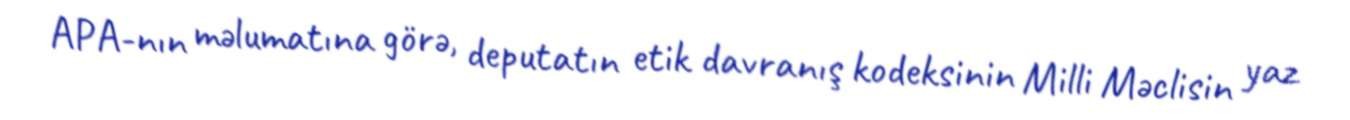
APA-nın məlumatına görə, deputatın etik davranış kodeksinin Milli Məclisin yaz